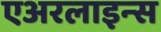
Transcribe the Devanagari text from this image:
एअरलाइन्‍स